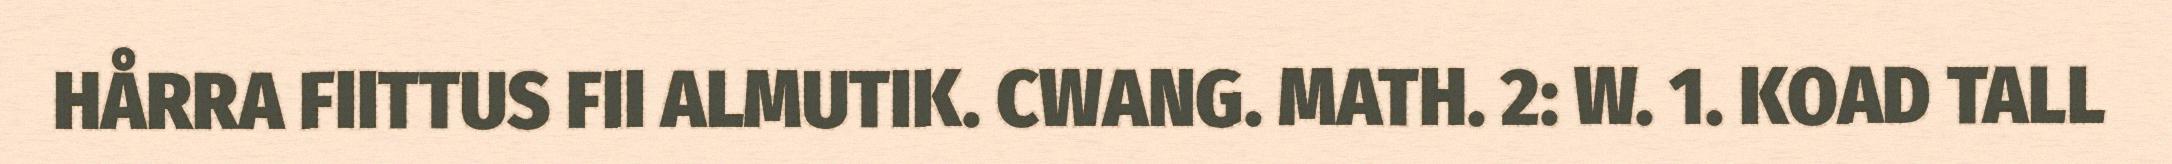
HÅRRA FIITTUS FII ALMUTIK. CWANG. MATH. 2: W. 1. KOAD TALL